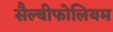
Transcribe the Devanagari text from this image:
सैल्बीफोलियम